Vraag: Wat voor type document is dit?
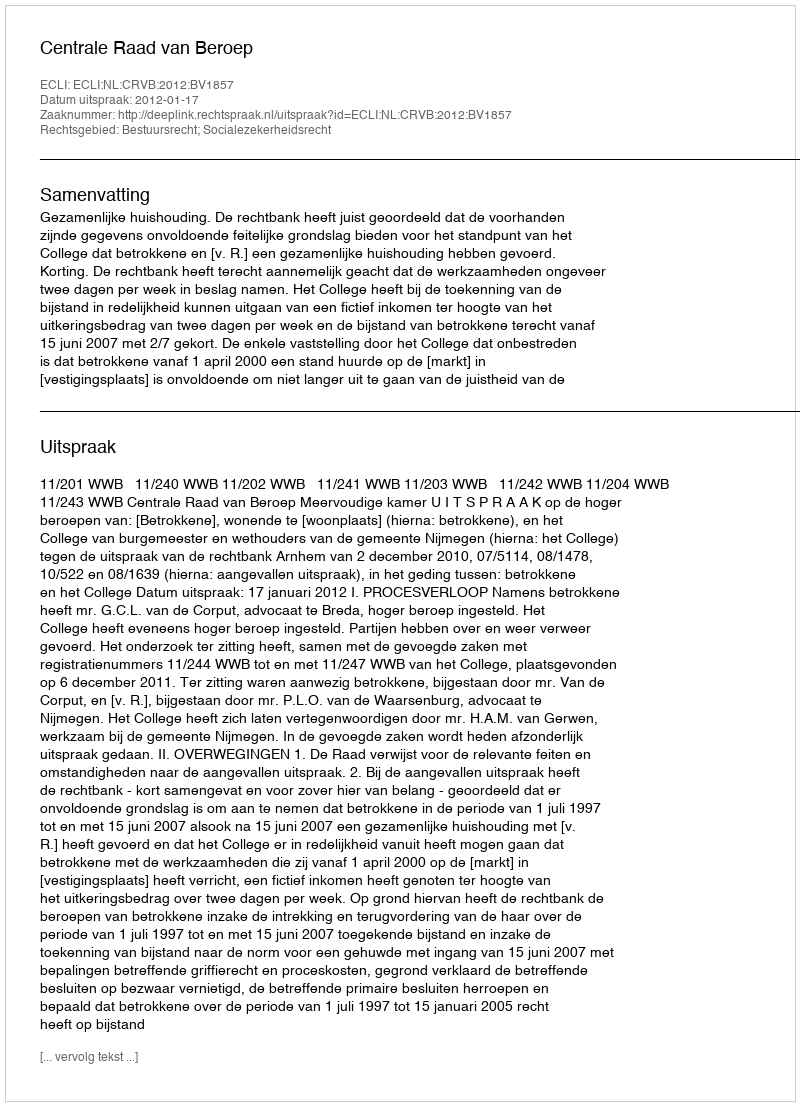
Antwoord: Uitspraak